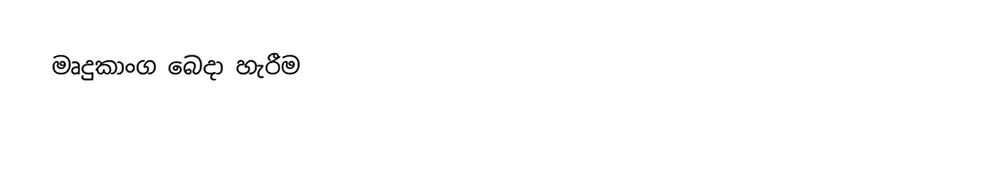
මෘදුකාංග බෙදා හැරීම